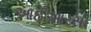
આઈઆરસી